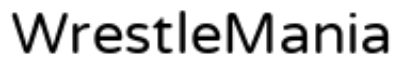
WrestleMania